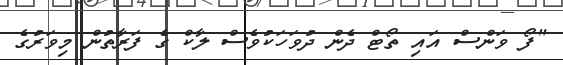
"ފޯ ވަންސް އައި ތޯޓް ދެން ދުވަހަކުވެސް ލާކް ގެ ފަރާތުން މިވަރުގެ